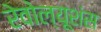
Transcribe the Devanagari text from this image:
रेवोल्यूशंस